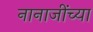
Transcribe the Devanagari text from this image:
नानाजींच्या